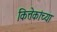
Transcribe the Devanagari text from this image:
कित्तेकांच्या